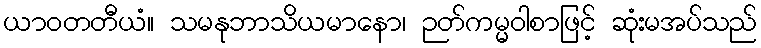
ယာဝတတီယံ။ သမနုဘာသိယမာနော၊ ဉတ်ကမ္မဝါစာဖြင့် ဆုံးမအပ်သည်